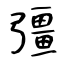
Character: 彊